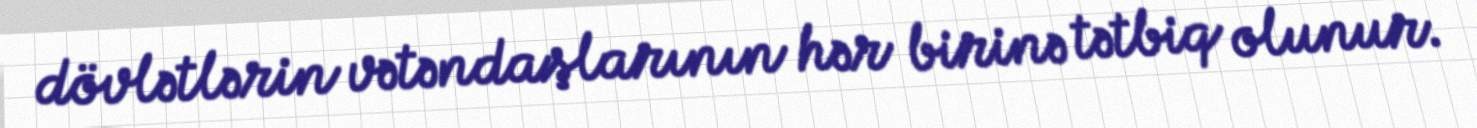
dövlətlərin vətəndaşlarının hər birinə tətbiq olunur.